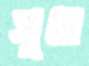
সূধা